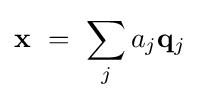
\mathbf {x} ~=~\sum _{j}a_{j}\mathbf {q} _{j}